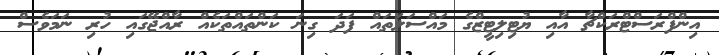
އިންފްރަސްޓްރަކްޗާ އާއި ޔުޓިލިޓީޒްގެ މައްސަލަތައް ފަދަ ގިނަ ކަންތައްތަކެއް ރާއްޖޭގައި ހުރި ނަމަވެސް